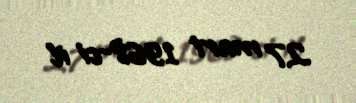
27 mart 1968-ci il